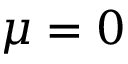
\mu = 0